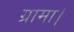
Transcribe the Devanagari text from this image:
ग्रामा।